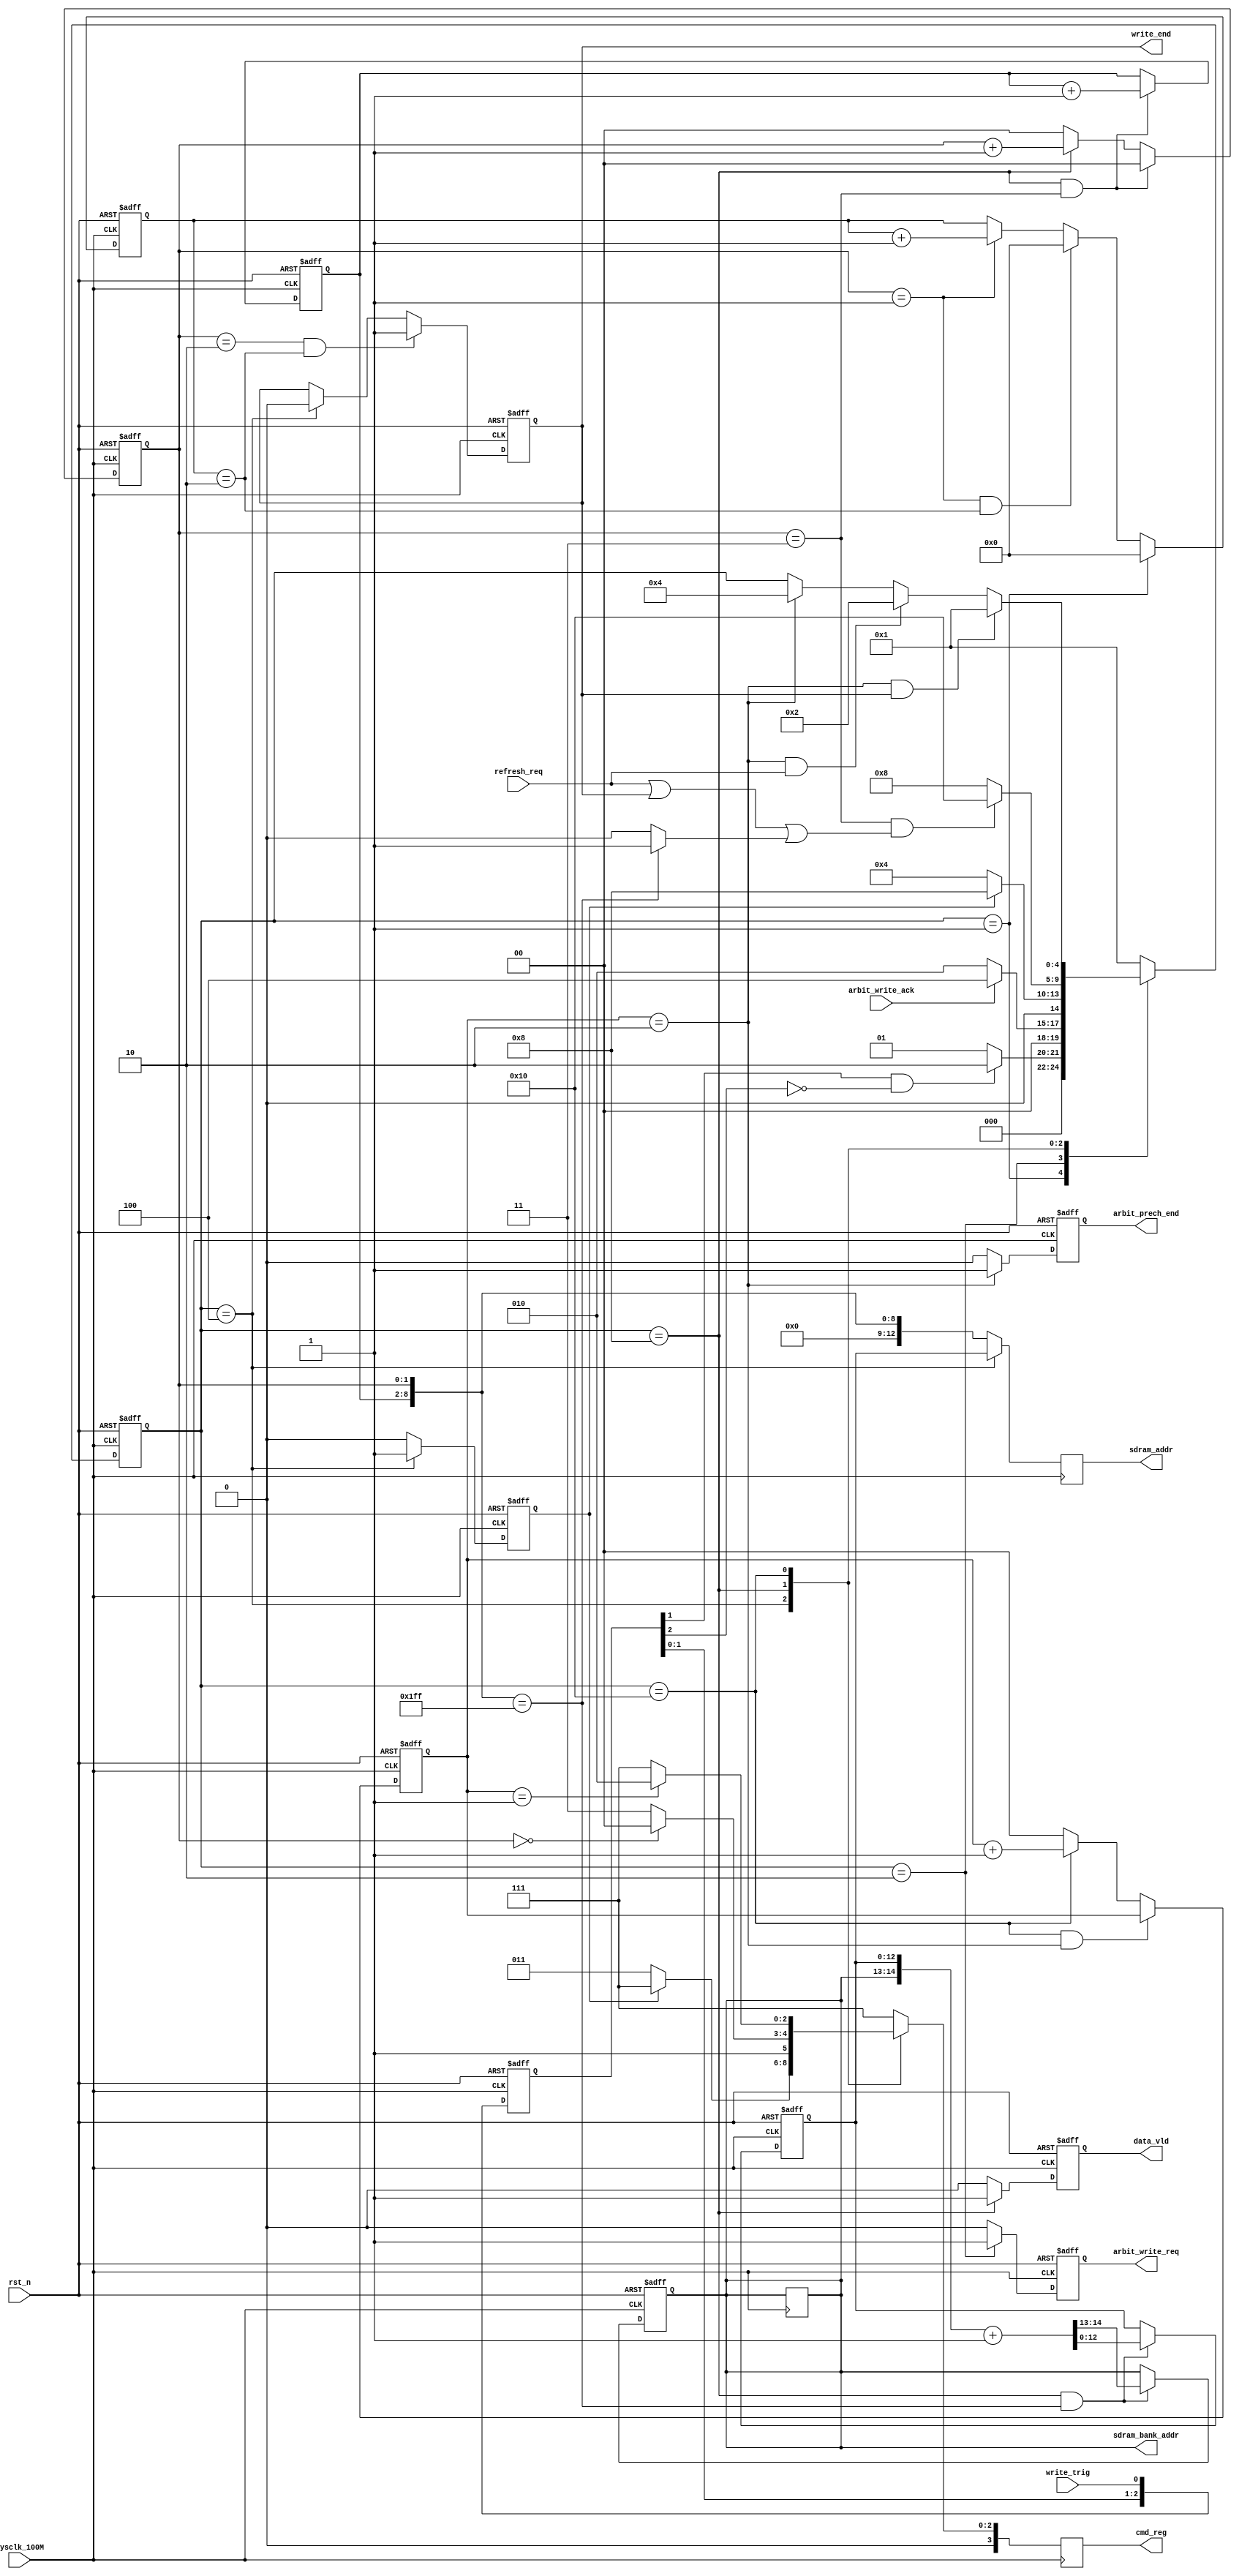
// ====================================================
// 
// designer:        yang shjiang
// description:     sdram write module
// 
// ====================================================


module SDRAM_write(
    // system singals
    input                       sysclk_100M     ,
    input                       rst_n           ,
    // arbit
    output  reg                 arbit_write_req ,
    input                       arbit_write_ack ,
    output  reg                 arbit_prech_end ,
    output  reg                 write_end       ,
    // from refresh module
    input                       refresh_req     ,
    // sdram
    output  reg     [ 3:0]      cmd_reg         ,
    output  reg     [12:0]      sdram_addr      ,
    output  reg     [ 1:0]      sdram_bank_addr ,
    // others
    input                       write_trig      ,
    output  reg                 data_vld        
);


// =====================================================\
// ********* define parrams and signals ************
// =====================================================/
localparam          S_IDLE      =   5'b0_0001   ;
localparam          S_REQ       =   5'b0_0010   ;
localparam          S_ACT       =   5'b0_0100   ;
localparam          S_WRITE     =   5'b0_1000   ;
localparam          S_PRECHG    =   5'b1_0000   ;

localparam          ACTIVE_CMD  =   4'b0011     ;
localparam          WRITE_CMD   =   4'b0100     ;
localparam          NOP         =   4'b0111     ;
localparam          PRECHARGE   =   4'b0010     ;


localparam          ACT_END     =   1           ;
localparam          BURST_END   =   3           ;
localparam          PRECH_END   =   2           ;
localparam          WRITE_TIMEs =   2           ;


reg     [ 4:0]      state       ;
reg                 act_cnt     ;
reg     [ 1:0]      burst_cnt   ;
reg     [ 7:0]      write_cnt   ;
reg     [ 1:0]      prech_cnt   ;
wire                row_end     ;
reg     [12:0]      row_addr    ;
reg     [ 6:0]      col_addr_p  ;
reg     [ 2:0]      trig_r      ;

wire                trig_rise   ;


// =====================================================\
// **************** main code **********************
// =====================================================/
// trig_rise
always @(posedge sysclk_100M or negedge rst_n) begin
    if (rst_n == 1'b0)
        trig_r  <=  3'b000  ;
    else
        trig_r  <=  {trig_r[1:0], write_trig}   ;
end

assign trig_rise = trig_r[1] & (~trig_r[2]);

// state machine
always @(posedge sysclk_100M or negedge rst_n) begin
    if (rst_n == 1'b0)
        state   <=  S_IDLE  ;
    else case (state)
        S_IDLE:
                if (trig_rise == 1'b1)
                    state   <=  S_REQ   ;
                else
                    state   <=  S_IDLE  ;
        S_REQ:
                if (arbit_write_ack == 1'b1)
                    state   <=  S_ACT   ;
                else
                    state   <=  S_REQ   ;
        S_ACT:
                if (act_cnt == ACT_END)
                    state   <=  S_WRITE ;
                else
                    state   <=  S_ACT   ;
        S_WRITE:
                if (burst_cnt == 2'd3 && (refresh_req == 1'b1 || write_end == 1'b1 || row_end == 1'b1)     )
                    state   <=  S_PRECHG;
                else
                    state   <=  S_WRITE ;
        S_PRECHG:
                if (prech_cnt == PRECH_END && write_end == 1'b1)
                    state   <=  S_IDLE  ;
                else if (prech_cnt == PRECH_END && refresh_req == 1'b1)
                    state   <=  S_REQ   ;
                else if (prech_cnt == PRECH_END)
                    state   <=  S_ACT   ;
        default:    state   <=  S_IDLE  ;
    endcase
end

// row_end
assign row_end = ({col_addr_p, burst_cnt} == 9'b1_1111_1111) ? 1'b1 : 1'b0;

// arbit_write_req
always @(posedge sysclk_100M or negedge rst_n) begin
    if (rst_n == 1'b0)
        arbit_write_req <= 1'b0 ;
    else if (state == S_REQ)
        arbit_write_req <= 1'b1 ;
    else
        arbit_write_req <= 1'b0 ;
end

// write_cnt
always @(posedge sysclk_100M or negedge rst_n) begin
    if (rst_n == 1'b0)
        write_cnt   <=  8'd0    ;
    else if (state == S_IDLE)
        write_cnt   <=  8'd0    ;
    else if (burst_cnt == 2'd1 && write_cnt == WRITE_TIMEs)
        write_cnt   <=  8'd0    ;
    else if (burst_cnt == 2'd1)
        write_cnt   <= write_cnt + 8'd1 ;
end

// write_end
always @(posedge sysclk_100M or negedge rst_n) begin
    if (rst_n == 1'b0)
        write_end   <=  1'b0    ;
    else if (burst_cnt == 2'd2 && write_cnt == WRITE_TIMEs)
        write_end   <=  1'b1    ;
    else if (state == S_ACT)
        write_end   <=  1'b0    ;
end

// act_cnt
always @(posedge sysclk_100M or negedge rst_n) begin
    if (rst_n == 1'b0)
        act_cnt <=  1'd0;
    else if (state == S_ACT)
        act_cnt <=  1'b1;
    else
        act_cnt <=  1'b0;
end

// prech_cnt
always @(posedge sysclk_100M or negedge rst_n) begin
    if (rst_n == 1'b0)
        prech_cnt <=    2'b0;
    else if (state == S_PRECHG && prech_cnt == PRECH_END)
        prech_cnt <=    prech_cnt;
    else if (state == S_PRECHG)
        prech_cnt <=    prech_cnt + 2'd1;
    else
        prech_cnt <=    2'b0;
end

// arbit_prech_end
always @(posedge sysclk_100M or negedge rst_n) begin
    if (rst_n == 1'b0)
        arbit_prech_end <=  1'b0 ;
    else if (prech_cnt == PRECH_END)
        arbit_prech_end <=  1'b1 ;
    else
        arbit_prech_end <=  1'b0 ;
end

// data_vld
always @(posedge sysclk_100M or negedge rst_n) begin
    if (rst_n == 1'b0)
        data_vld    <=  1'b0    ;
    else if (state == S_WRITE)
        data_vld    <=  1'b1    ;
    else
        data_vld    <=  1'b0    ;
end

// burst_cnt
always @(posedge sysclk_100M or negedge rst_n) begin
    if (rst_n == 1'b0)
        burst_cnt   <=  2'd0    ;
    else if (state == S_WRITE && burst_cnt == BURST_END)
        burst_cnt   <=  2'd0    ;
    else if (state == S_WRITE)
        burst_cnt   <=  burst_cnt + 2'd1    ;
    else
        burst_cnt   <=  2'd0    ;
end

// cmd_reg, sdram_addr, sdram_bank_addr
always @(posedge sysclk_100M) begin
    case (state)
        S_ACT: 
                if (act_cnt == 1'd0) begin
                    cmd_reg         =       ACTIVE_CMD        ;
                    sdram_addr      =       row_addr          ;
                    sdram_bank_addr =       sdram_bank_addr   ;
                    end
                else begin
                    cmd_reg         =       NOP               ;
                    sdram_addr      =       row_addr          ;
                    sdram_bank_addr =       sdram_bank_addr   ;
                    end
        S_WRITE:
                if (burst_cnt == 2'd0) begin
                    cmd_reg         =       WRITE_CMD         ;
                    sdram_addr      =       {4'b0000,col_addr_p, burst_cnt}    ;
                    sdram_bank_addr =       sdram_bank_addr   ;
                    end
                else begin
                    cmd_reg         =       NOP               ;
                    sdram_addr      =       {4'b0000,col_addr_p, burst_cnt}    ;
                    sdram_bank_addr =       sdram_bank_addr   ;
                    end
        S_PRECHG:
                if (prech_cnt == 1'd1) begin
                    cmd_reg         =       PRECHARGE         ;
                    sdram_addr      =       {4'b0000,col_addr_p, burst_cnt}    ;
                    sdram_bank_addr =       sdram_bank_addr   ;
                    end
                else begin
                    cmd_reg         =       NOP               ;
                    sdram_addr      =       {4'b0000,col_addr_p, burst_cnt}    ;
                    sdram_bank_addr =       sdram_bank_addr   ;
                    end
        default: 
                    begin
                    cmd_reg         =       NOP               ;
                    sdram_addr      =       {4'b0000,col_addr_p, burst_cnt}    ;
                    sdram_bank_addr =       sdram_bank_addr   ;
                    end
    endcase
end

// col_addr_p
always @(posedge sysclk_100M or negedge rst_n) begin
    if (rst_n == 1'b0)
        col_addr_p <= 7'd0;
    else if (state == S_WRITE && burst_cnt == BURST_END)
        col_addr_p <= col_addr_p + 7'd1;
end

// row_addr
always @(posedge sysclk_100M or negedge rst_n) begin
    if (rst_n == 1'b0)
        {sdram_bank_addr, row_addr} <=  15'd0;
    else if (state == S_WRITE && {col_addr_p, burst_cnt} == 9'b1_1111_1111)
        {sdram_bank_addr, row_addr} <=  {sdram_bank_addr, row_addr} + 15'd1;
end

endmodule